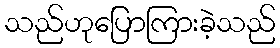
သည်ဟုပြောကြားခဲ့သည်